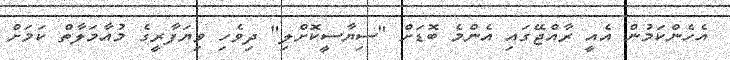
އެހެންކަމުން އެއީ ރާއްޖޭގައި އެންމެ ބޮޑަށް "ސިޔާސީކޮށްލި" ދިވެހި ވިޔަފާރީގެ މުއާމަލާތް ކަމަށް